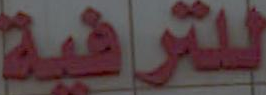
للترفية